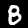
Digit: 8